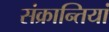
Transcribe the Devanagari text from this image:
संक्रान्तियां